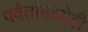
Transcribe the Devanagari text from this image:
पर्वतांमध्येही